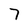
Character: 7